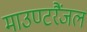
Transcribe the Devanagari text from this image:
माउण्टरैंजल